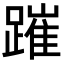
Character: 𨄍